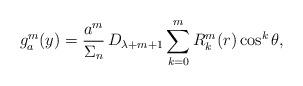
LaTeX: \begin{align*}g_a^m(y)=\frac{a^m}{\Sigma_n}\,D_{\lambda+m+1}\sum_{k=0}^mR_k^{m}(r)\cos^k\theta,\end{align*}